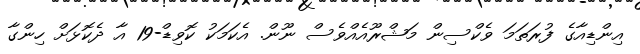
އިންޑިއާގެ ފުރަތަމަ ވެކްސިން މަޝްރޫއެއްވެސް ނޫން. އެކަމަކު ކޮވިޑް-19 އާ ދެކޮޅަށް ހިންގާ